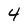
Character: 4